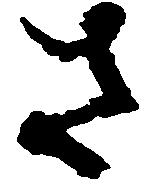
さ